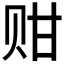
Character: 𬥴